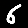
Digit: 6